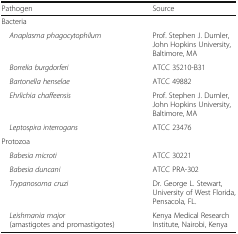
<table><thead><tr><td><b>Pathogen</b></td><td><b>Source</b></td></tr></thead><tbody><tr><td colspan="2">Bacteria</td></tr><tr><td> <i>Anaplasma phagocytophilum</i></td><td>Prof. Stephen J. Dumler, John Hopkins University, Baltimore, MA</td></tr><tr><td> <i>Borrelia burgdorferi</i></td><td>ATCC 35210-B31</td></tr><tr><td> <i>Bartonella henselae</i></td><td>ATCC 49882</td></tr><tr><td> <i>Ehrlichia chaffeensis</i></td><td>Prof. Stephen J. Dumler, John Hopkins University, Baltimore, MA</td></tr><tr><td> <i>Leptospira interrogans</i></td><td>ATCC 23476</td></tr><tr><td colspan="2">Protozoa</td></tr><tr><td> <i>Babesia microti</i></td><td>ATCC 30221</td></tr><tr><td> <i>Babesia duncani</i></td><td>ATCC PRA-302</td></tr><tr><td> <i>Trypanosoma cruzi</i></td><td>Dr. George L. Stewart, University of West Florida, Pensacola, FL.</td></tr><tr><td> <i>Leishmania major</i> (amastigotes and promastigotes)</td><td>Kenya Medical Research Institute, Nairobi, Kenya</td></tr></tbody></table>